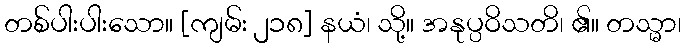
တစ်ပါးပါးသော။ [ကျမ်း ၂၁၈] နယံ၊ သို့။ အနုပ္ပဝိသတိ၊ ၏။ တသ္မာ၊